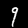
Digit: 9